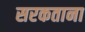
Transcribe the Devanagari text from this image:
सरकताना